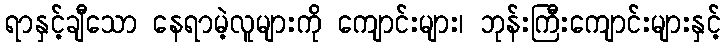
ရာနှင့်ချီသော နေရာမဲ့လူများကို ကျောင်းများ၊ ဘုန်းကြီးကျောင်းများနှင့်